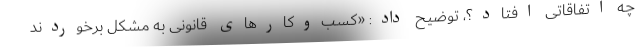
چه اتفاقاتی افتاد؟، توضیح داد: «کسب‌وکارهای قانونی به مشکل برخوردند